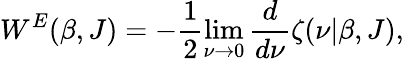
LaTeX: W^{E}(\beta,J)=-\frac 12\operatorname*{lim}_{\nu\rightarrow 0}{\frac{d}{d\nu}}\zeta(\nu|\beta,J),